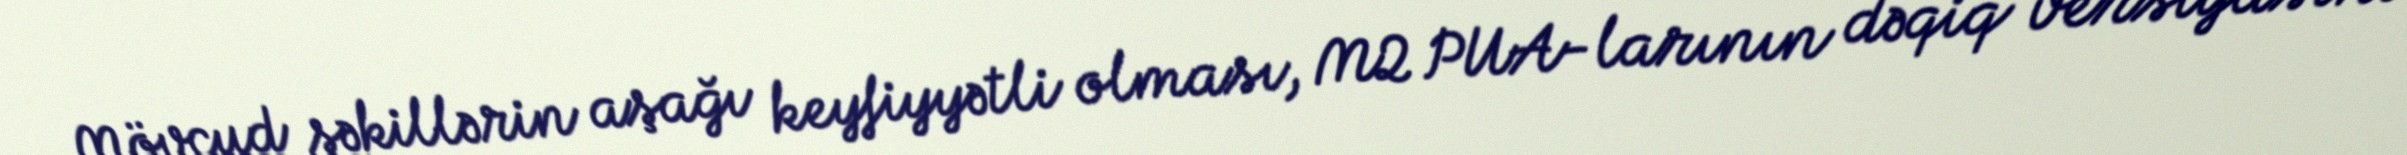
Mövcud şəkillərin aşağı keyfiyyətli olması, M2 PUA-larının dəqiq versiyasını